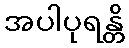
အပါပုရန္တိ